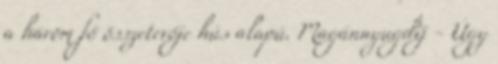
a három fő összetevője hús alapú. Magánnyugdíj - Úgy